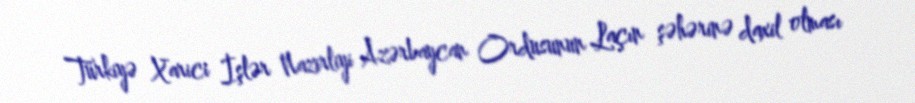
Türkiyə Xarici İşlər Nazirliyi Azərbaycan Ordusunun Laçın şəhərinə daxil olması